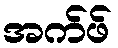
အက်ဖ်